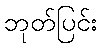
ဘုတ်ပြင်း